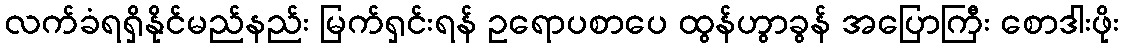
လက်ခံရရှိနိုင်မည်နည်း မြက်ရှင်းရန် ဥရောပစာပေ ထွန်ဟွာခွန် အပြောကြီး စောဒါးဖိုး